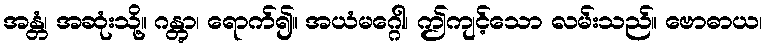
အန္တံ၊ အဆုံးသို့။ ဂန္တွာ၊ ရောက်၍။ အယံမဂ္ဂေါ၊ ဤကျင့်သော လမ်းသည်။ ဗောဓာယ၊